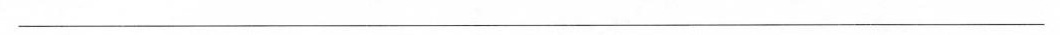
___